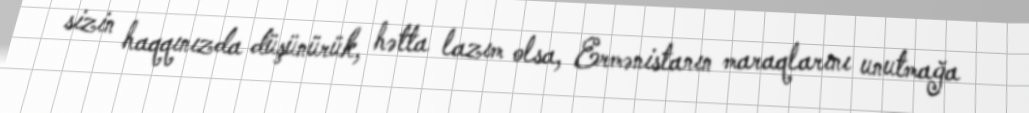
sizin haqqınızda düşünürük, hətta lazım olsa, Ermənistanın maraqlarını unutmağa